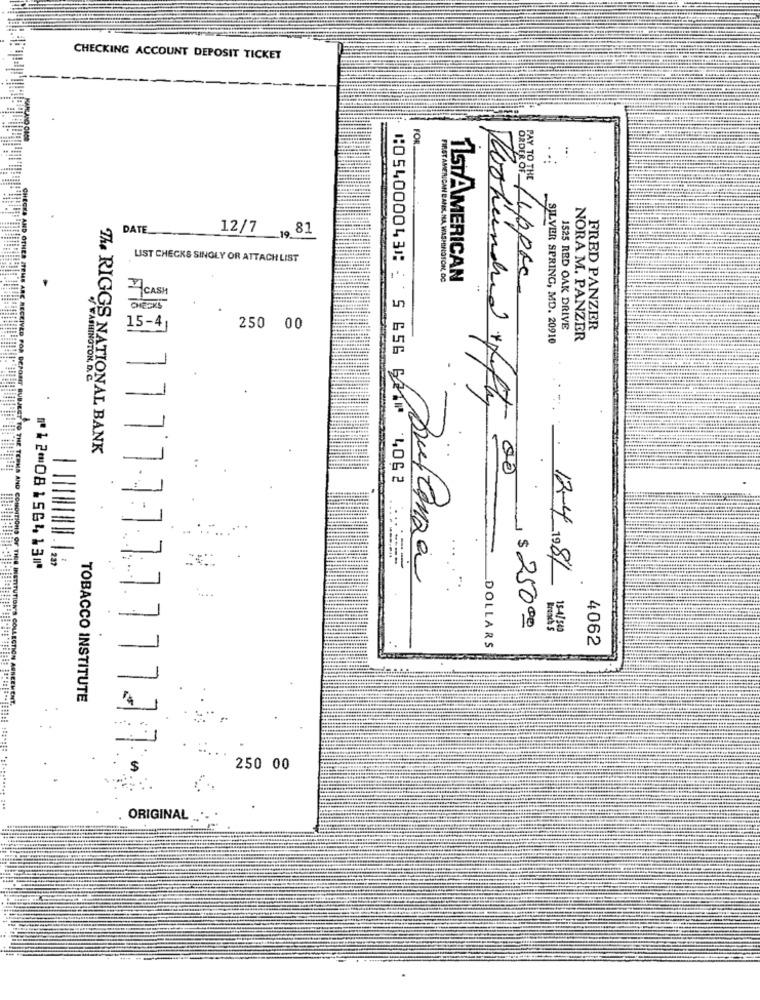
CHECKING ACCOUNT DEPOSIT TICKET
=
FOR
DATE __
12/7 , 81
LIST CHECKS SINGLY OR ATTACH LIST
FIRST AMERICAN BANK, MA, WASHINGTON, DC
1STAMERICAN
PAY TO THE Lippre
7 CASH
15-4
250 00
1525 RED OAK DRIVE
FRED PANZER
SILVER SPRING, MD. 20910
NORA M. PANZER
-
WASHINGTON, D. C.
The RIGGS NATIONAL BANK
⑆054000043⑆ 5 656 621⑈ 4062
00
⑈12⑉08156413⑈
12-4 1981
~ $25000
154 / 500
DOLLARS
4062
CTION A
THENT.
TOBACCO INSTITUTE
250 00
ORIGINAL